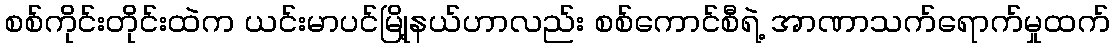
စစ်ကိုင်းတိုင်းထဲက ယင်းမာပင်မြို့နယ်ဟာလည်း စစ်ကောင်စီရဲ့ အာဏာသက်ရောက်မှုထက်